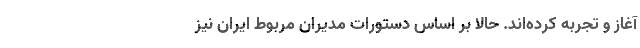
آغاز و تجربه کرده‌اند. حالا بر اساس دستورات مدیران مربوط ایران نیز